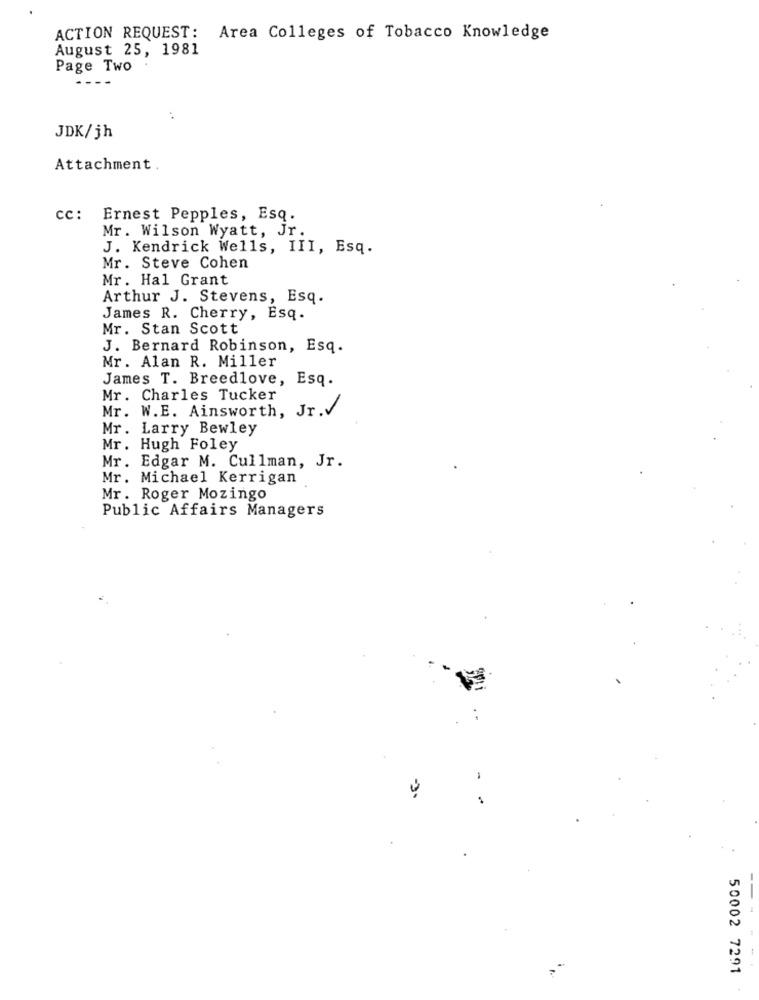
ACTION REQUEST: Area Colleges of Tobacco Knowledge
August 25, 1981
Page Two
JDK/jh
Attachment.
cc: Ernest Pepples, Esq.
Mr. Wilson Wyatt, Jr.
J. Kendrick Wells, III, Esq.
Mr. Steve Cohen
Mr. Hal Grant
Arthur J. Stevens, Esq.
James R. Cherry, Esq.
Mr. Stan Scott
J. Bernard Robinson, Esq.
Mr. Alan R. Miller
James T. Breedlove, Esq.
Mr. Charles Tucker
Mr. W.E. Ainsworth, Jr.V
Mr. Larry Bewley
Mr. Hugh Foley
Mr. Edgar M. Cullman, Jr.
Mr. Michael Kerrigan
Mr. Roger Mozingo
Public Affairs Managers
50002 7291